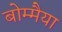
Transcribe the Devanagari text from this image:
बोम्मैया